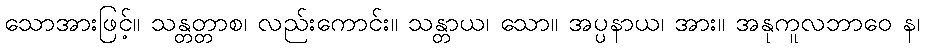
သောအားဖြင့်။ သန္တတ္တာစ၊ လည်းကောင်း။ သန္တာယ၊ သော။ အပ္ပနာယ၊ အား။ အနုကူလဘာဝေ န၊